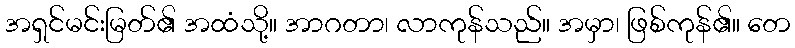
အရှင်မင်းမြတ်၏ အထံသို့။ အာဂတာ၊ လာကုန်သည်။ အမှာ၊ ဖြစ်ကုန်၏။ တေ